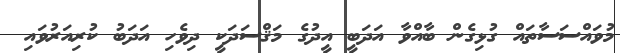
މުވައްސަސާތައް ގުޅިގެން ބާއްވާ އަދަބީ އީދުގެ މަޤްސަދަކީ ދިވެހި އަދަބު ކުރިއަރުވައި